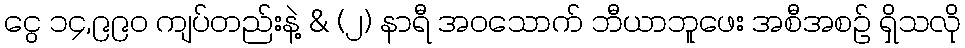
ငွေ ၁၄,၉၉၀ ကျပ်တည်းနဲ့ & (၂) နာရီ အဝသောက် ဘီယာဘူဖေး အစီအစဉ် ရှိသလို